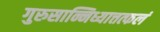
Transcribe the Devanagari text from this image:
गुरुसान्निध्यात्तत्फलं